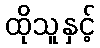
ထိုသူနှင့်